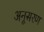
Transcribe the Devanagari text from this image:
अनूसरण